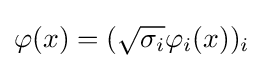
\varphi (x)=({\sqrt {\sigma _{i}}}\varphi _{i}(x))_{i}